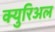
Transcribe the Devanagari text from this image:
क्युरिअल